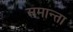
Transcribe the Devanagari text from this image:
समान्ता